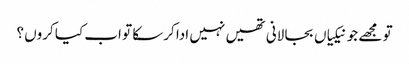
تو مجھے جو نیکیاں بجا لانی تھیں نہیں ادا کرسکا تو اب کیا کروں ؟